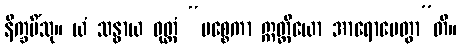
နိက္ခမိံသု။ ယံ သန္ဓာယ ဝုတ္တံ “ပစ္စေကာ ဣတ္ထိယော အာရောပေတွာ”တိ။